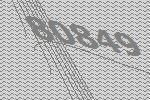
80849